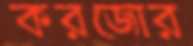
করজোর